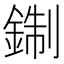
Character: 𨨪